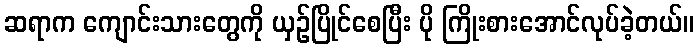
ဆရာက ကျောင်းသားတွေကို ယှဉ်ပြိုင်စေပြီး ပို ကြိုးစားအောင်လုပ်ခဲ့တယ်။